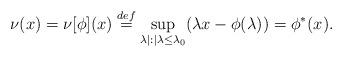
LaTeX: \begin{align*} \nu(x) = \nu[\phi](x) \stackrel{def}{=} \sup_{\lambda|: |\lambda\le \lambda_0} (\lambda x - \phi(\lambda)) = \phi^*(x).\end{align*}